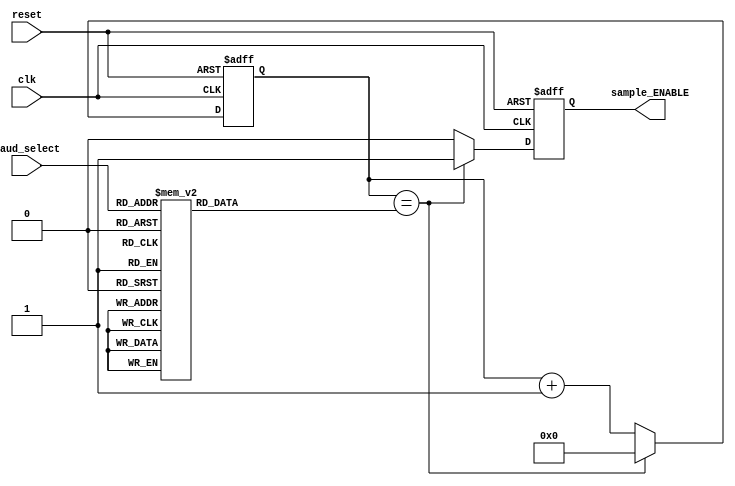
`timescale 1ns / 1ps

module baud_controller(reset, clk, baud_select, sample_ENABLE);
input reset, clk;
input [2:0] baud_select;
output reg sample_ENABLE;

reg [14:0] size;//max cycles 
reg [14:0] count;

/*Depending on the baud selection take the right baud rate*/
always@ (baud_select) begin
	case(baud_select)
	3'b000: begin 
			size <= 20_833;
			end
	3'b001: begin 
			size <= 5_208;
			end
	3'b010: begin 
			size <= 1_302;
			end
	3'b011: begin 
			size <= 651;
			end
	3'b100: begin 
			size <= 326;
			end
	3'b101: begin 
			size <= 163;
			end
	3'b110: begin 
			size <= 109;
			end
	3'b111: begin 
			size <= 54;
			end
	default: begin 
			 size <= 20_833;
			 end
	endcase
end

/*15 bit counter*/
always @ (posedge clk or posedge reset) begin  
	if (reset) begin
		count <= 15'b000000000000000;
		sample_ENABLE <= 1'b0;
	end
    else if(count == size) begin/*When the counter reaches max cycles then activate sample ENABLE*/
		sample_ENABLE <= 1'b1;
		count <=15'b000000000000000;
	end
	else begin
		count <= count + 15'b000000000000001;
		sample_ENABLE <= 1'b0;
	end
end 

endmodule